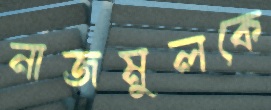
নাজমুলকে